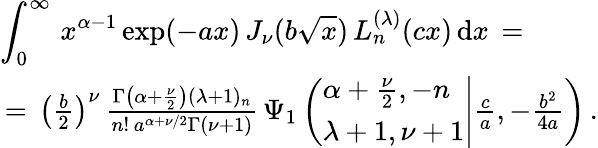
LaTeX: \begin{array}{l}{\displaystyle\int_{0}^{\infty}\, x^{\alpha-1}\exp(-ax)\, J_{\nu}(b\sqrt x)\, L_{n}^{(\lambda)}(cx)\, \mathrm{d}x\, =\, }\\ {\, =\, \left(\frac b2\right)^{\nu}\, \frac{\Gamma\left(\alpha+\frac\nu 2\right)(\lambda+1)_{n}}{n!\, a^{\alpha+\nu/2}\Gamma(\nu+1)}\, \Psi_{1}\left(\left.\begin{array}{l}{\alpha+\frac{\nu}2,-n}\\ {\lambda+1,\nu+1}\end{array}\right|\frac ca,-\frac{b^{2}}{4a}\right)\, .}\end{array}